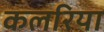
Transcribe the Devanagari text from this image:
कलरिया